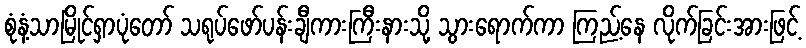
စုံနံ့သာမြိုင်ရှာပုံတော် သရုပ်ဖော်ပန်းချီကားကြီးနားသို့ သွားရောက်ကာ ကြည့်နေ လိုက်ခြင်းအားဖြင့်